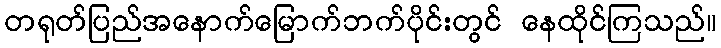
တရုတ်ပြည်အနောက်မြောက်ဘက်ပိုင်းတွင် နေထိုင်ကြသည်။